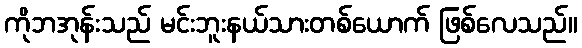
ကိုဘအုန်းသည် မင်းဘူးနယ်သားတစ်ယောက် ဖြစ်လေသည်။